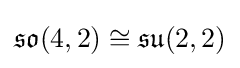
{\mathfrak {so}}(4,2)\cong {\mathfrak {su}}(2,2)